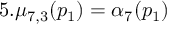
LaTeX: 5 . \mu _ { 7 , 3 } ( p _ { 1 } ) = \alpha _ { 7 } ( p _ { 1 } )